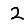
Digit: 2